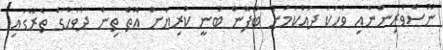
ނޫސްވެރިންނާއި ވާހަކަ ދައްކަމުން ބުފޮން ބުނީ ކުރިޔަށް އޮތް ތިން ދުވަހުގެ ތެރޭގައި